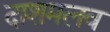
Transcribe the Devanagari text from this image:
दाशमलव